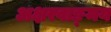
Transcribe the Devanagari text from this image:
अक्षरवाङ्‌मय